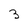
Character: 3